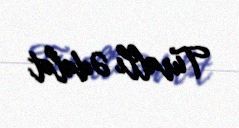
Turallı Ədalət